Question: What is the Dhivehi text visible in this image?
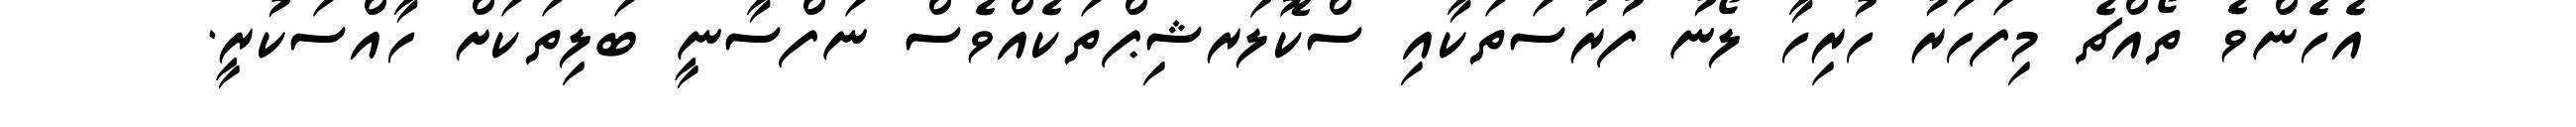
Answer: އެހެންވެ ތޯއްޗެ މިފަހަރު ހުރިހާ ލޯނު ފުރުސަތަކާއި ސްކޮލަރޝިޕްތަކެއްވެސް ނަފްސާނީ ބަލިތަކަށް ހާއްސަކުރީ.